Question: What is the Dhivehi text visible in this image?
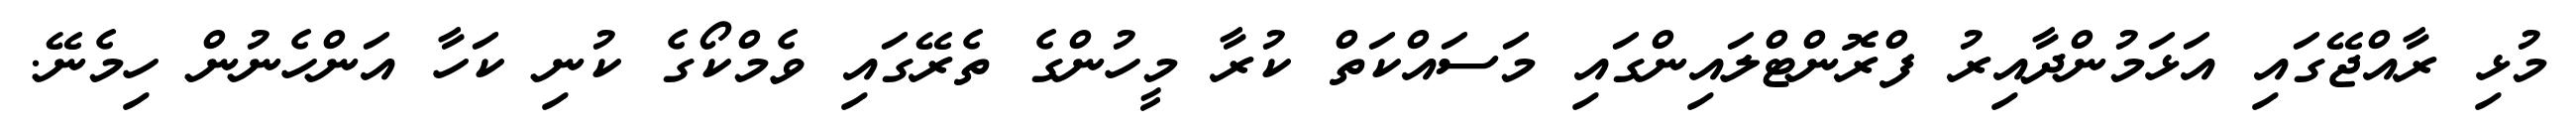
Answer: މުޅި ރާއްޖޭގައި އަޅަމުންދާއިރު ފްރޮންޓްލައިންގައި މަސައްކަތް ކުރާ މީހުންގެ ތެރޭގައި ވެމްކޯގެ ކުނި ކަހާ އަންހެނުން ހިމެނޭ.